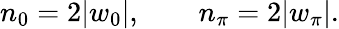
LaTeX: n_{0}=2|w_{0}|,\qquad n_{\pi}=2|w_{\pi}|.